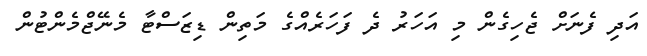
އަދި ފެނަށް ޖެހިގެން މި އަހަރު ދެ ފަހަރެއްގެ މަތިން ޑިޒަސްޓާ މެނޭޖްމެންޓުން